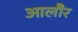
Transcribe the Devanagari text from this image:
आलौर